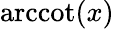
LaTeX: \operatorname{arccot}(x)